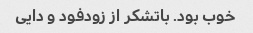
خوب بود. باتشکر از زودفود و دایی